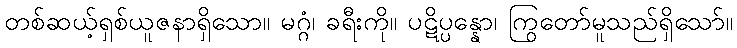
တစ်ဆယ့်ရှစ်ယူဇနာရှိသော။ မဂ္ဂံ၊ ခရီးကို။ ပဋိပ္ပန္နော၊ ကြွတော်မူသည်ရှိသော်။